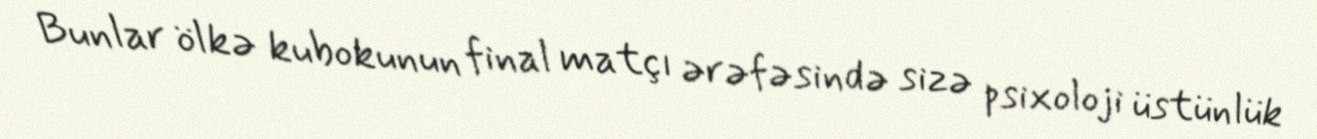
Bunlar ölkə kubokunun final matçı ərəfəsində sizə psixoloji üstünlük